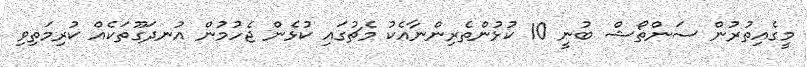
މީގެއިތުރުން ސަންތޯޝް ބުނީ 10 ކުޅުންތެރިންނާއެކު މެޗުގައި ކުޅެން ޖެހުމުން އުނދަގޫތަކެއް ކުރިމަތިވި